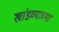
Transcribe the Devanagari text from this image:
खांडव्याच्या